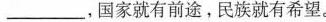
___、国家就有前途。民族就有希望。